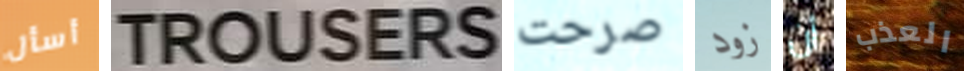
أسأل TROUSERS صرحت زود أن العذب